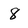
Character: 8